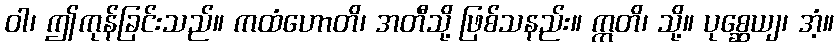
ဝါ၊ ဤကုန်ခြင်းသည်။ ကထံဟောတိ၊ အတီသို့ ဖြစ်သနည်း။ ဣတိ၊ သို့။ ပုစ္ဆေယျ၊ အံ့။